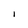
Character: l